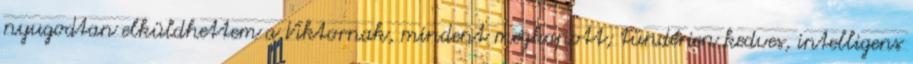
nyugodtan el­küldhettem a Viktornak, mindent megkapott; tündérien kedves, intelligens